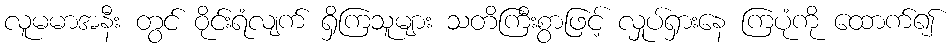
လူမမာအနီး တွင် ဝိုင်းရံလျက် ရှိကြသူများ သတိကြီးစွာဖြင့် လှုပ်ရှားနေ ကြပုံကို ထောက်၍